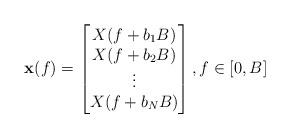
LaTeX: \begin{align*}\mathbf{x}(f)=\begin{bmatrix}{X}(f+b_1B)\\{X}(f+b_2B)\\\vdots \\{X}(f+b_NB)\\\end{bmatrix},f \in [0,B]\end{align*}